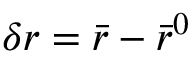
\delta r = \bar { r } - \bar { r } ^ { 0 }